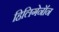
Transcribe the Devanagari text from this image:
हिलिगेनॉन